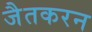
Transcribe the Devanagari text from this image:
जैतकरन